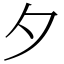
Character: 夕